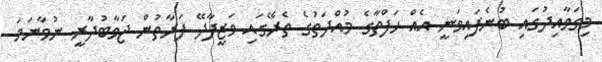
މިގަވާއިދުގައި ބުނެފައިވަނީ އެއް ހަފްތާގެ މުއްދަތުގެ ތެރޭގައި ވަޒީފާދޭ ފަރާތުން ޖަވާބުދާރީ ނުވާނަމަ